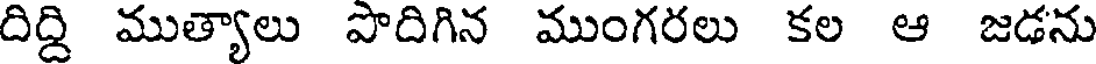
దిద్ది ముత్యాలు పొదిగిన ముంగరలు కల ఆ జడను